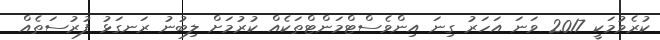
ކުރެވުމަކީ 2017 ވަނަ އަހަރު ގިނަ އިންވެސްޓްމަންޓްތަކެއް ކުރުމަށް ލިބުނު ރަނގަޅު ފުރުސަތެއް